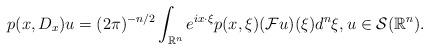
LaTeX: \begin{align*}p(x,D_x)u=(2\pi)^{-n/2} \int_{\mathbb{R}^n}e^{ix\cdot\xi}p(x,\xi)({\cal{F}}{u})(\xi)d^n\xi,u\in \mathcal S(\mathbb R^n). \end{align*}